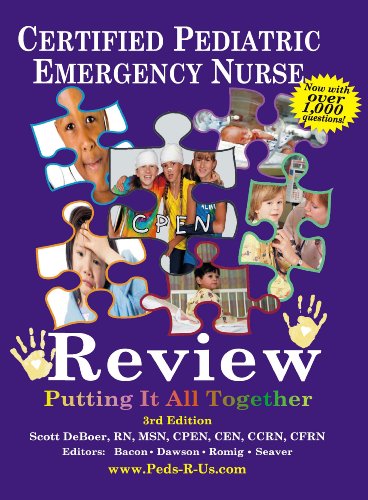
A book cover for Certified Pediatric Emergency Nurse Review: Putting It All Together; Scott L. Deboer; Medical Books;